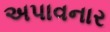
અપાવનાર